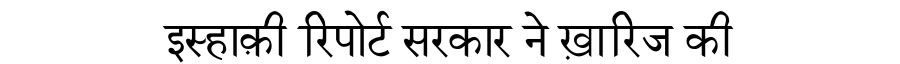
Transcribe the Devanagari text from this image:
इस्हाक़ी रिपोर्ट सरकार ने ख़ारिज की